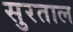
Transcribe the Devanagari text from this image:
सुरताल